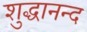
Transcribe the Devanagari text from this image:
शुद्धानन्द